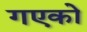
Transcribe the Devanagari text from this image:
गएको